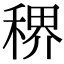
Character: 𬓳